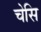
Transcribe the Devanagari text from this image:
चेसि